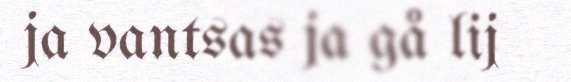
ja vantsas ja gå lij